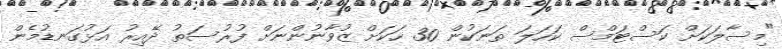
"މިސާލަކަށް ކަސްޓަމްސް ކަހަލަ ތަނަކުން 30 ހަކަށް ޒުވާނުންނަށް ފުރުސަތު ދޭއިރު އަޅުގަނޑުމެން